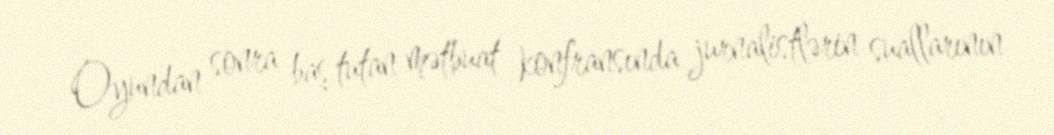
Oyundan sonra baş tutan mətbuat konfransında jurnalistlərin suallarının